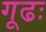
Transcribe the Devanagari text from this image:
गूढः